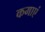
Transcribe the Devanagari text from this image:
कमाएं